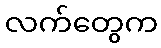
လက်တွေက